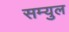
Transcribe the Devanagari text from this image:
सम्युल